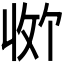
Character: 𪯊